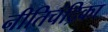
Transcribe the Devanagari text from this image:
नीतिचंद्रिका